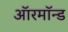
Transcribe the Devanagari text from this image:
ऑरमॉन्ड